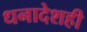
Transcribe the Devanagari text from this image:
धनादेशही